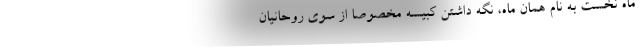
ماه نخست به نام همان ماه، نگه داشتن کبیسه مخصوصاً از سوی روحانیان